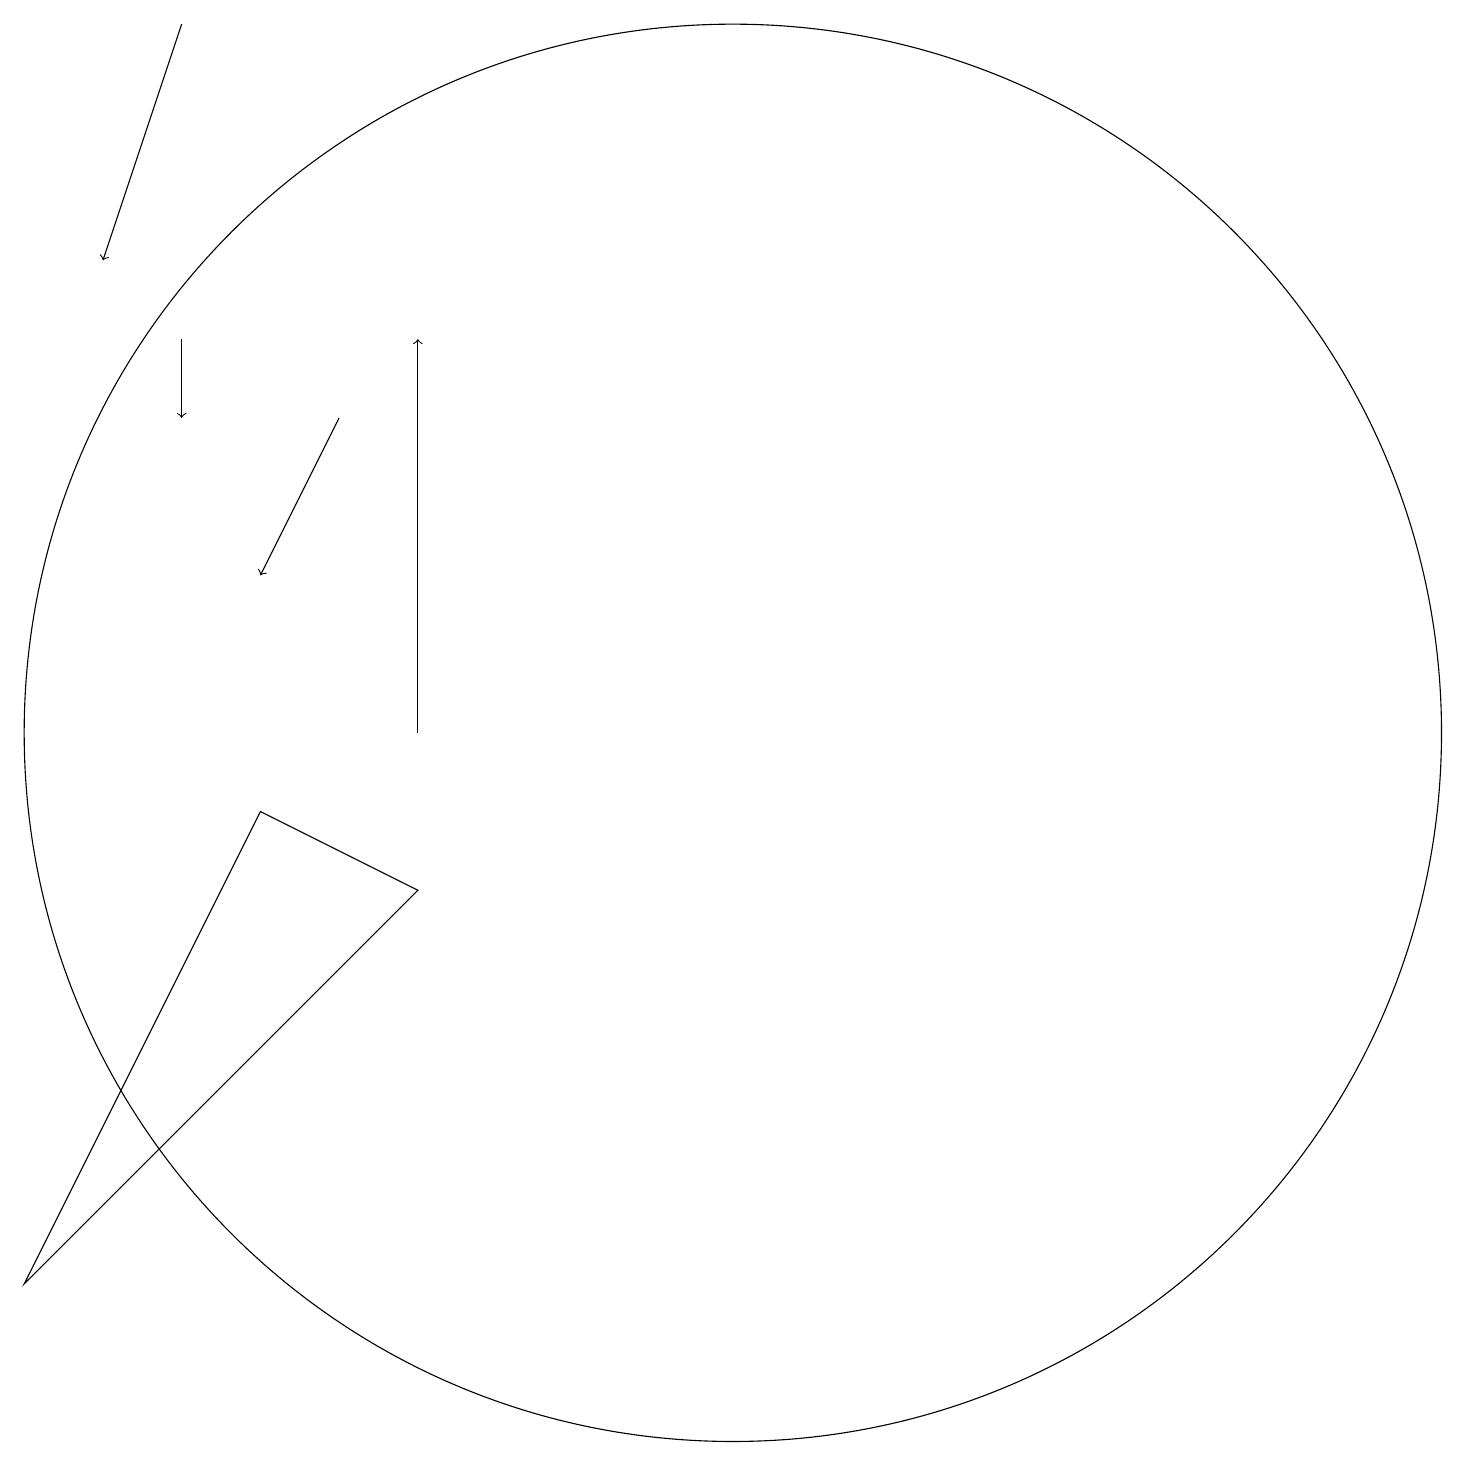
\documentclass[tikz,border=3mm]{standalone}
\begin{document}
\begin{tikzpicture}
\draw (12,10) circle (9);
\draw[->] (5,19) -- (4,16);
\draw (8,8) -- (3,3) -- (6,9) -- cycle;
\draw[->] (5,15) -- (5,14);
\draw[->] (7,14) -- (6,12);
\draw[->] (8,10) -- (8,15);
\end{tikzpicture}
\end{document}